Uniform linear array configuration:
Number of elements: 64
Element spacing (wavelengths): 0.5
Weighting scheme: cosine
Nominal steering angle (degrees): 0
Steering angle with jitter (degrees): -1.036
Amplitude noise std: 0.05
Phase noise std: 0.05

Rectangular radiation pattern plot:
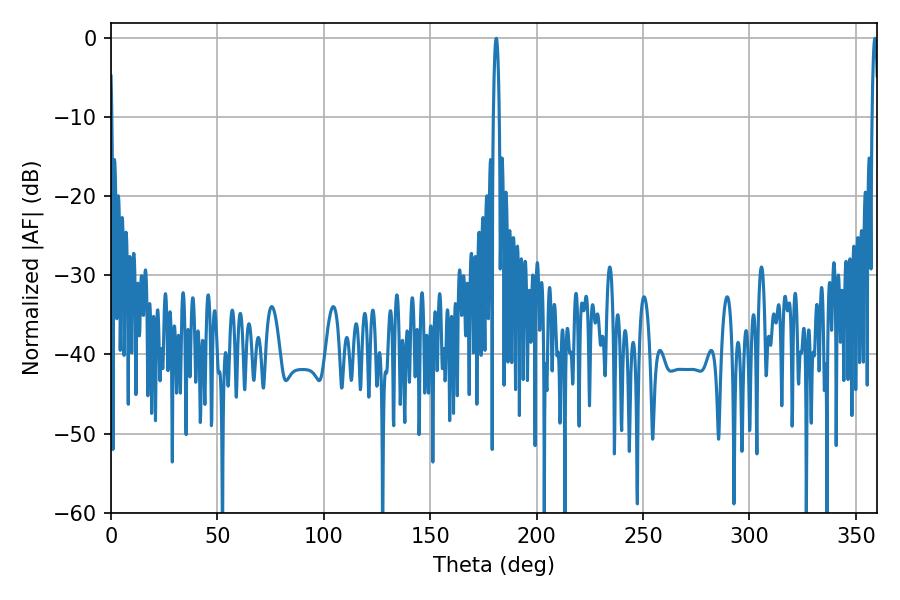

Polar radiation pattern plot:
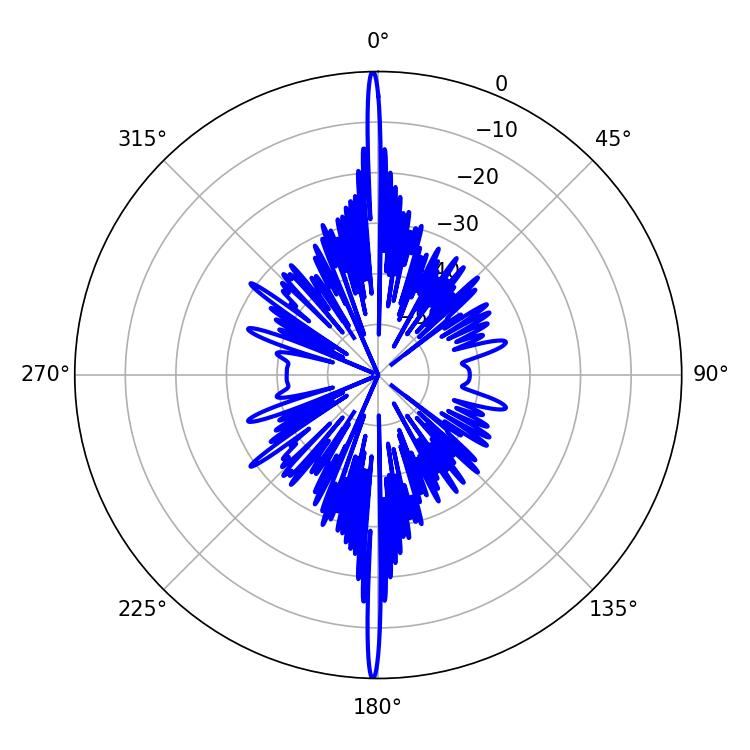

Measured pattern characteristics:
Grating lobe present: FALSE
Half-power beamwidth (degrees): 1.44
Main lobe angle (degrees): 358.92